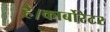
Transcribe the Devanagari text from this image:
है।कार्बोरेटर